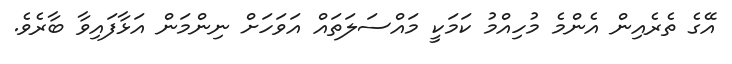
އޭގެ ތެރެއިން އެންމެ މުހިއްމު ކަމަކީ މައްސަލަތައް އަވަހަށް ނިންމަން އަޅާފައިވާ ބާރެވެ.